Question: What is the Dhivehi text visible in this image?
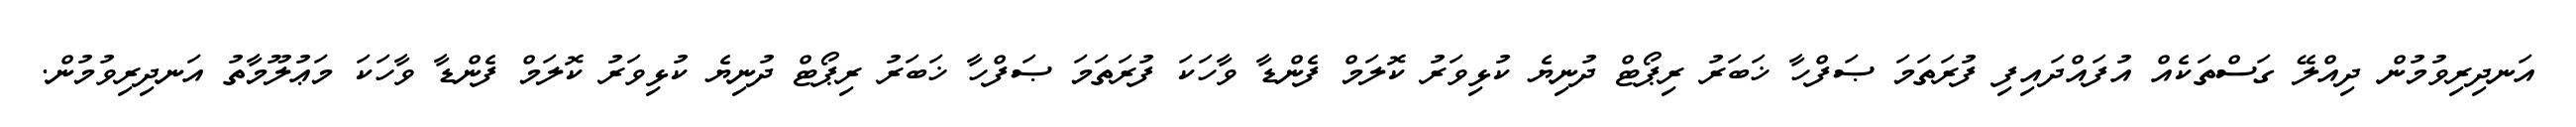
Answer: އަނދިރިވުމުން ދިއްލޭ ގަސްތަކެއް އުފައްދައިފި ފުރަތަމަ ޞަފްހާ ޚަބަރު ރިޕޯޓް ދުނިޔެ ކުޅިވަރު ކޮލަމް ފެންޑާ ވާހަކަ ފުރަތަމަ ޞަފްހާ ޚަބަރު ރިޕޯޓް ދުނިޔެ ކުޅިވަރު ކޮލަމް ފެންޑާ ވާހަކަ މަޢުލޫމާތު އަނދިރިވުމުން.